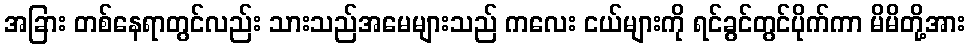
အခြား တစ်နေရာတွင်လည်း သားသည်အမေများသည် ကလေး ငယ်များကို ရင်ခွင်တွင်ပိုက်ကာ မိမိတို့အား